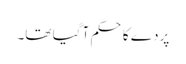
پردے کا حکم آ گیا تھا۔